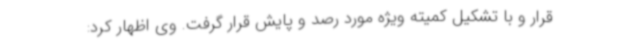
قرار و با تشکیل کمیته ویژه مورد رصد و پایش قرار گرفت. وی اظهار کرد: